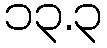
၁၃.၃